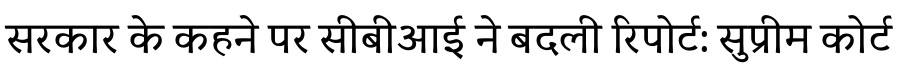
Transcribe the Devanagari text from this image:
सरकार के कहने पर सीबीआई ने बदली रिपोर्ट: सुप्रीम कोर्ट